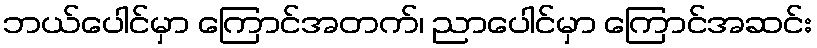
ဘယ်ပေါင်မှာ ကြောင်အတက်၊ ညာပေါင်မှာ ကြောင်အဆင်း